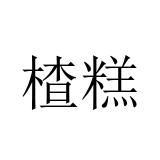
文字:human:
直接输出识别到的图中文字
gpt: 楂糕